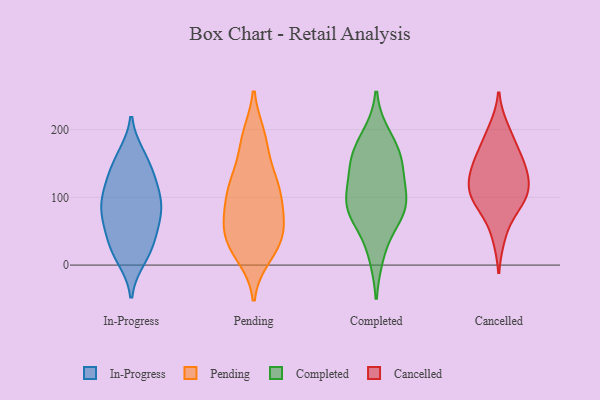
{"axis": {"x": "Page Views", "y": "Value"}, "legend": ["Cancelled", "Completed", "In-Progress", "Pending"], "data": [{"x": "", "y": 161, "type": "In-Progress"}, {"x": "", "y": 107, "type": "In-Progress"}, {"x": "", "y": 31, "type": "In-Progress"}, {"x": "", "y": 15, "type": "In-Progress"}, {"x": "", "y": 142, "type": "In-Progress"}, {"x": "", "y": 65, "type": "In-Progress"}, {"x": "", "y": 10, "type": "In-Progress"}, {"x": "", "y": 112, "type": "In-Progress"}, {"x": "", "y": 73, "type": "In-Progress"}, {"x": "", "y": 84, "type": "In-Progress"}, {"x": "", "y": 29, "type": "In-Progress"}, {"x": "", "y": 159, "type": "In-Progress"}, {"x": "", "y": 84, "type": "In-Progress"}, {"x": "", "y": 78, "type": "In-Progress"}, {"x": "", "y": 109, "type": "In-Progress"}, {"x": "", "y": 48, "type": "In-Progress"}, {"x": "", "y": 132, "type": "In-Progress"}, {"x": "", "y": 79, "type": "Pending"}, {"x": "", "y": 189, "type": "Pending"}, {"x": "", "y": 54, "type": "Pending"}, {"x": "", "y": 133, "type": "Pending"}, {"x": "", "y": 33, "type": "Pending"}, {"x": "", "y": 111, "type": "Pending"}, {"x": "", "y": 67, "type": "Pending"}, {"x": "", "y": 131, "type": "Pending"}, {"x": "", "y": 72, "type": "Pending"}, {"x": "", "y": 101, "type": "Pending"}, {"x": "", "y": 181, "type": "Pending"}, {"x": "", "y": 36, "type": "Pending"}, {"x": "", "y": 20, "type": "Pending"}, {"x": "", "y": 56, "type": "Pending"}, {"x": "", "y": 119, "type": "Pending"}, {"x": "", "y": 110, "type": "Pending"}, {"x": "", "y": 14, "type": "Pending"}, {"x": "", "y": 32, "type": "Pending"}, {"x": "", "y": 190, "type": "Pending"}, {"x": "", "y": 169, "type": "Completed"}, {"x": "", "y": 79, "type": "Completed"}, {"x": "", "y": 91, "type": "Completed"}, {"x": "", "y": 132, "type": "Completed"}, {"x": "", "y": 157, "type": "Completed"}, {"x": "", "y": 189, "type": "Completed"}, {"x": "", "y": 97, "type": "Completed"}, {"x": "", "y": 70, "type": "Completed"}, {"x": "", "y": 88, "type": "Completed"}, {"x": "", "y": 148, "type": "Completed"}, {"x": "", "y": 17, "type": "Completed"}, {"x": "", "y": 43, "type": "Cancelled"}, {"x": "", "y": 110, "type": "Cancelled"}, {"x": "", "y": 124, "type": "Cancelled"}, {"x": "", "y": 97, "type": "Cancelled"}, {"x": "", "y": 155, "type": "Cancelled"}, {"x": "", "y": 133, "type": "Cancelled"}, {"x": "", "y": 96, "type": "Cancelled"}, {"x": "", "y": 110, "type": "Cancelled"}, {"x": "", "y": 155, "type": "Cancelled"}, {"x": "", "y": 200, "type": "Cancelled"}, {"x": "", "y": 84, "type": "Cancelled"}, {"x": "", "y": 187, "type": "Cancelled"}, {"x": "", "y": 151, "type": "Cancelled"}]}